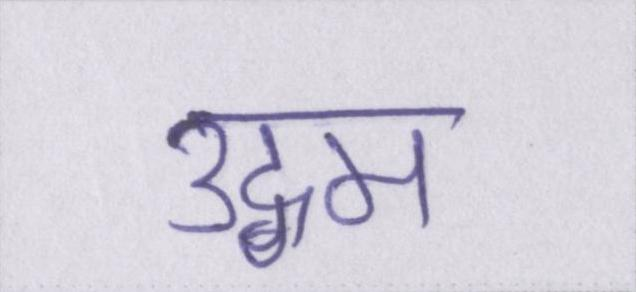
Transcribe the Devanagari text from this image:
उद्गम